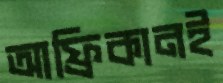
আফ্রিকানই